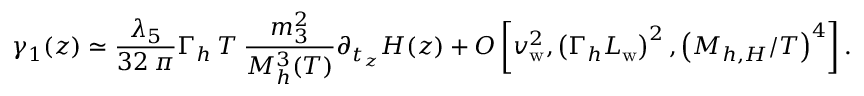
\gamma _ { 1 } ( z ) \simeq \frac { \lambda _ { 5 } } { 3 2 \: \pi } \Gamma _ { h } \: T \: \frac { m _ { 3 } ^ { 2 } } { M _ { h } ^ { 3 } ( T ) } \partial _ { t _ { z } } H ( z ) + { \cal O } \left[ v _ { \mathrm { w } } ^ { 2 } , \left( \Gamma _ { h } L _ { \mathrm { w } } \right) ^ { 2 } , \left( M _ { h , H } / T \right) ^ { 4 } \right] .